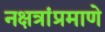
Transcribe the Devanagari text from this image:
नक्षत्रांप्रमाणे